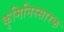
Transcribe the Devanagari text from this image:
कृमिनिस्सारक